Civil Veterinary Department Bihar & Orissa reports 1922-29 - 1922-1929
Year: 1922
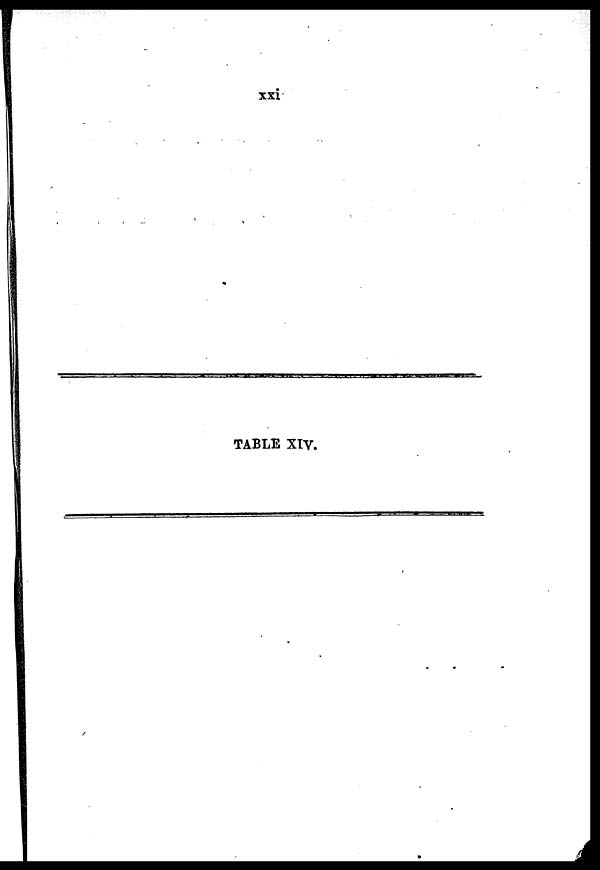
XXI
TABLE XIV.